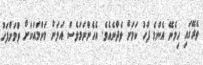
ތެރޭގައި ހިމެނޭ އެންމެ ފަހު ކަމަށް ވެދާނެއެވެ. އެހެންނަމަވެސް އަލަށް މަންމައަކަށް ވުމަށްފަހު